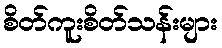
စိတ်ကူးစိတ်သန်းများ